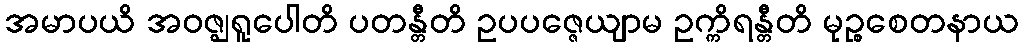
အမာပယိ အဝဇ္ဈရူပေါတိ ပတန္တီတိ ဥပပဇ္ဇေယျာမ ဥက္ကိရန္တီတိ မုဉ္စစေတနာယ